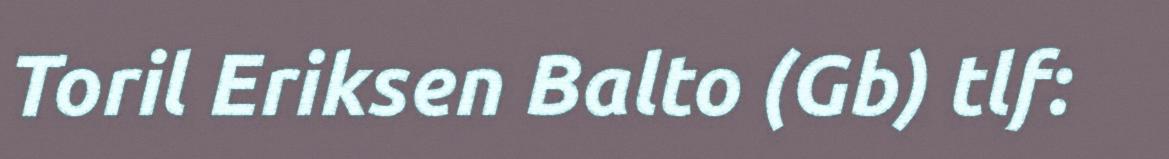
Toril Eriksen Balto (Gb) tlf: